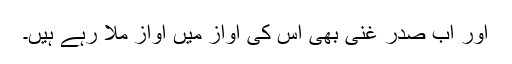
اور اب صدر غنی بھی اس کی آواز میں آواز ملا رہے ہیں۔